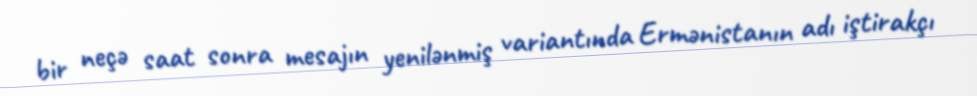
bir neçə saat sonra mesajın yenilənmiş variantında Ermənistanın adı iştirakçı